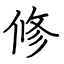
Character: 修